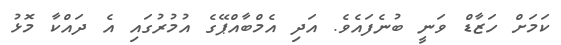
ކަމަށް ހަޒާޑް ވަނީ ބުނެފައެވެ. އަދި އެމްބާއްޕޭގެ އުމުރުގައި އެ ދައްކާ މޮޅު